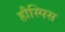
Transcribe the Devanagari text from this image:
हौस्पिस